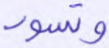
وتسود